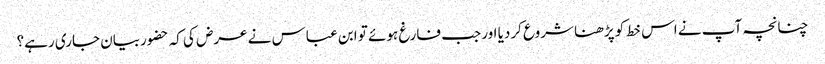
چنانچہ آپ نے اس خط کو پڑھنا شروع کردیا اور جب فارغ ہوئے تو ابن عباس نے عرض کی کہ حضوربیان جاری رہے؟